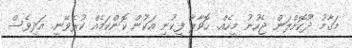
މަގާމު ދޫކޮށްލަން ޖެހުނު މީހެއް. ހޮވާލާ ފީކުނި އަކުން ކޮންކަމެއް ކުރެވޭނީ. އަދިވެސް